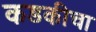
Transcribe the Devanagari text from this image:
कडकीचा